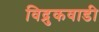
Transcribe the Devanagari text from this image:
विद्रुकवाडी